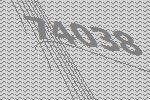
74038